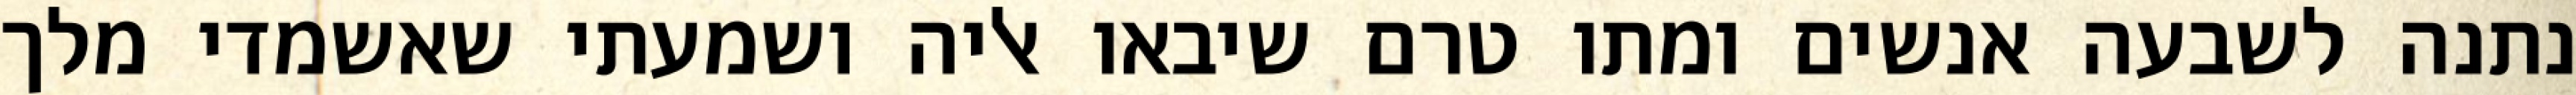
נתנה לשבעה אנשים ומתו טרם שיבאו אליה ושמעתי שאשמדי מלך